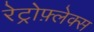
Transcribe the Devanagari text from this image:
रेट्रोफ़्लेक्स